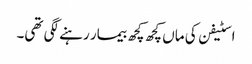
اسٹیفن کی ماں کچھ کچھ بیمار رہنے لگی تھی۔